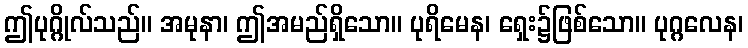
ဤပုဂ္ဂိုလ်သည်။ အမုနာ၊ ဤအမည်ရှိသော။ ပုရိမေန၊ ရှေး၌ဖြစ်သော။ ပုဂ္ဂလေန၊